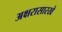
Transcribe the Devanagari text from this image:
अक्षरासारखे